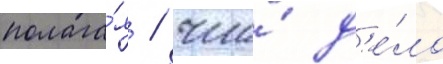
полага́я / что́ д'е́ло